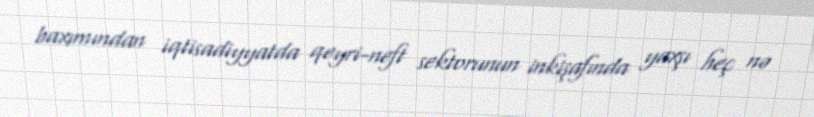
baxımından iqtisadiyyatda qeyri-neft sektorunun inkişafında yaxşı heç nə